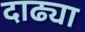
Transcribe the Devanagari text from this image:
दाढ्या